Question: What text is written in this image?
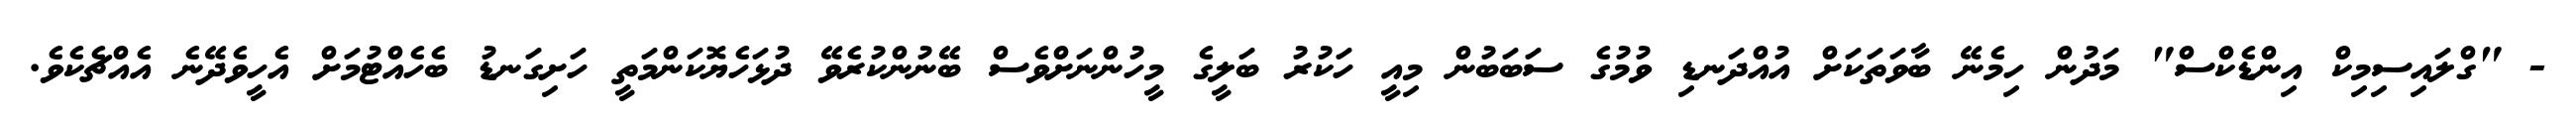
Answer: - "ގްލައިސިމިކް އިންޑެކްސް" މަދުން ހިމެނޭ ބާވަތަކަށް އުއްދަނޑި ވުމުގެ ސަބަބުން މިއީ ހަކުރު ބަލީގެ މީހުންނަށްވެސް ބޭނުންކުރެވޭ ދުޅަހެޔޮކަންމަތީ ހަށިގަނޑު ބެހެއްޓުމަށް އެހީވެދޭނެ އެއްޗެކެވެ.